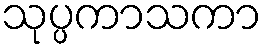
သုပ္ပကာသကာ